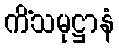
ကိံသမုဋ္ဌာနံ